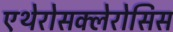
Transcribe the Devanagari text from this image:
एथेरोसक्लेरोसिस